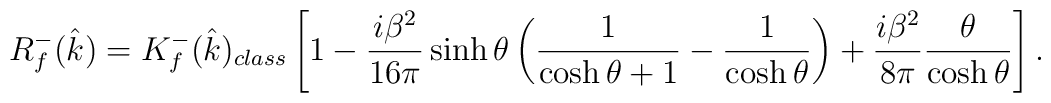
R_f^-(\hat k)= K_f^-(\hat k)_{class}\left[1-\frac{i\beta^2}{16\pi}\sinh\theta   \left( \frac{1}{\cosh\theta+1}-\frac{1}{\cosh\theta} \right)   +\frac{i \beta^2}{8\pi}\frac{\theta}{\cosh\theta} \right].